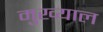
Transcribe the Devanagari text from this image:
मुख्याल